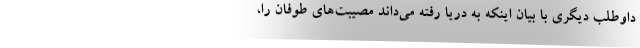
داوطلب دیگری با بیان اینکه به دریا رفته می‌داند مصیبت‌های طوفان را،